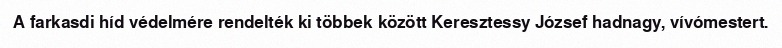
A farkasdi híd védelmére rendelték ki többek között Keresztessy József hadnagy, vívómestert.